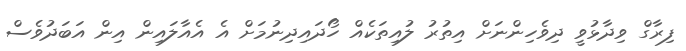
ފިރާގް ވިދާޅުވީ ދިވެހިންނަށް އިތުރު ލުއިތަކެއް ހޯދައިދިނުމަށް އެ އެއާލައިން އިން އަބަދުވެސް